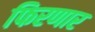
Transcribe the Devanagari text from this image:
फिरणार